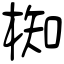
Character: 椥